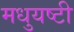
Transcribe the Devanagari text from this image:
मधुयष्‍टी